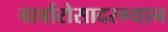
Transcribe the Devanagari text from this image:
बार्बारोसादरम्यान